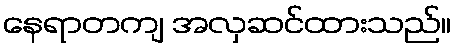
နေရာတကျ အလှဆင်ထားသည်။